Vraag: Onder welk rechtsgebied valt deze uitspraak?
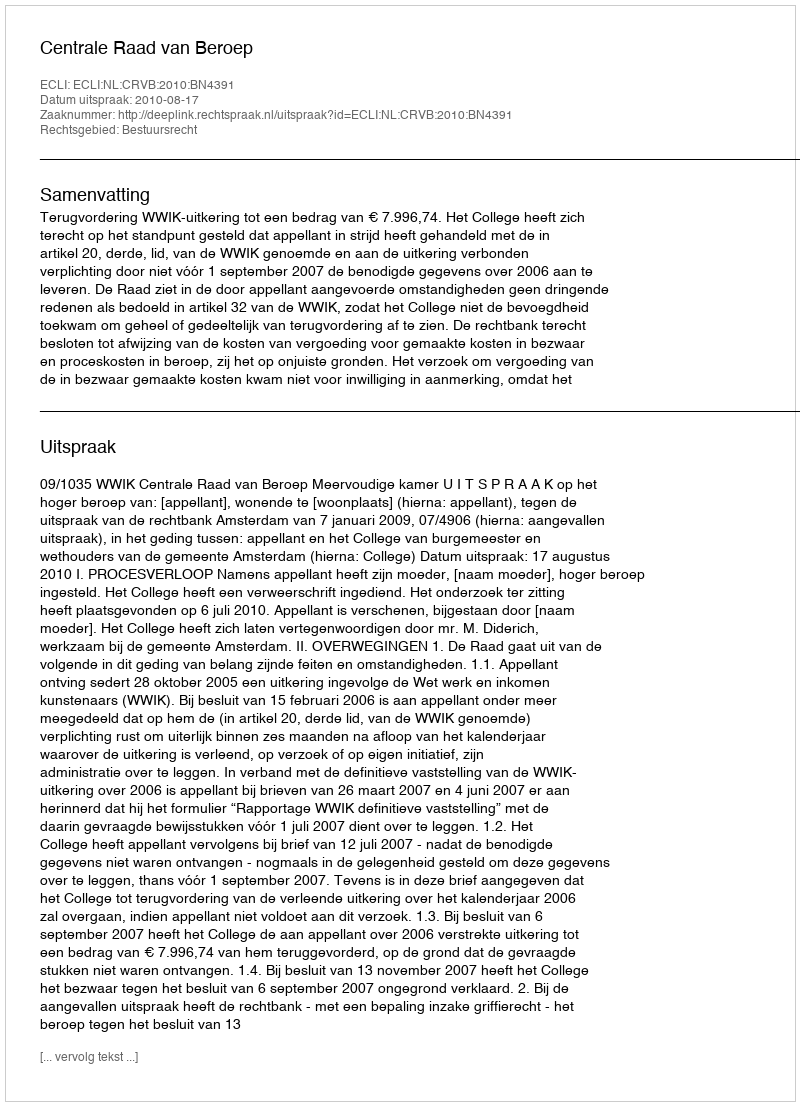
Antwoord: Bestuursrecht